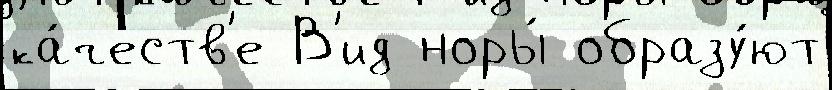
ка́честв'е В'ид норы́ образу́ют